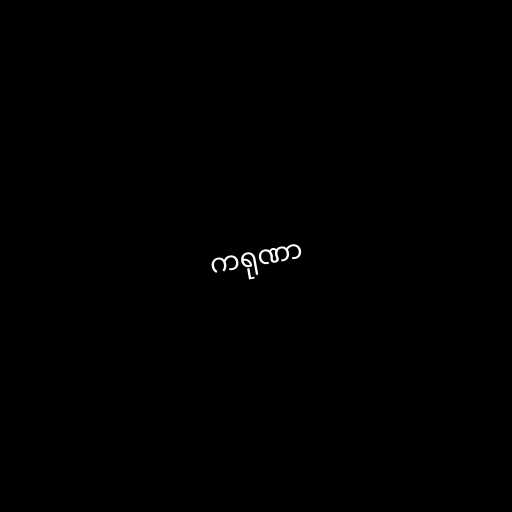
ကရုဏာ